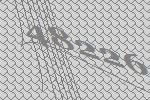
48226